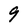
Character: 9